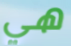
هي